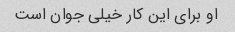
او برای این کار خیلی جوان است